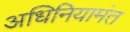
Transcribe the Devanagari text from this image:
अधिनियामंत